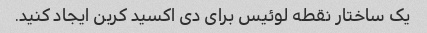
یک ساختار نقطه لوئیس برای دی اکسید کربن ایجاد کنید.